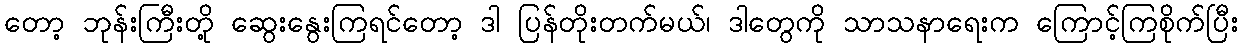
တော့ ဘုန်းကြီးတို့ ဆွေးနွေးကြရင်တော့ ဒါ ပြန်တိုးတက်မယ်၊ ဒါတွေကို သာသနာရေးက ကြောင့်ကြစိုက်ပြီး